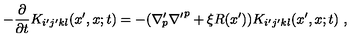
- \frac { \partial } { \partial t } K _ { i ^ { \prime } j ^ { \prime } k l } ( x ^ { \prime } , x ; t ) = - ( { \nabla ^ { \prime } } \! \! _ { p } { \nabla ^ { \prime } } ^ { p } + \xi R ( x ^ { \prime } ) ) K _ { i ^ { \prime } j ^ { \prime } k l } ( x ^ { \prime } , x ; t ) \ ,